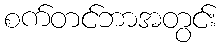
စက်တင်ဘာအတွင်း